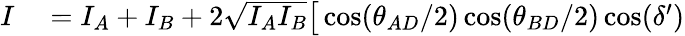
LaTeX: \begin{array}{rl}{I}&{{}=I_{A}+I_{B}+2\sqrt{I_{A}I_{B}}\big[\cos(\theta_{AD}/2)\cos(\theta_{BD}/2)\cos(\delta^{\prime})}\end{array}